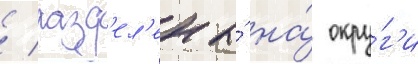
/ разд'ел'ены́ на́ окру́г'и